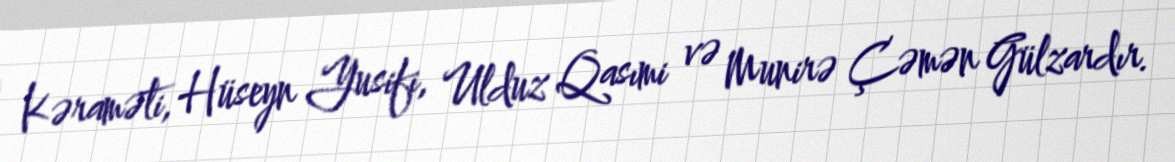
Kəraməti, Hüseyn Yusifi, Ulduz Qasımi və Munirə Çəmən Gülzardır.